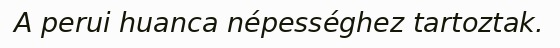
A perui huanca népességhez tartoztak.